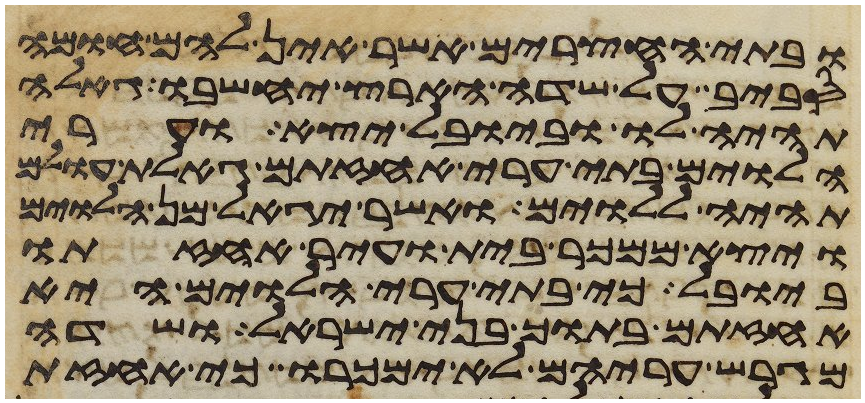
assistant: ובתי החצרים אשר אין להם חומה
סביב על שדה הארץ יחשבו גאלה
תהיה לו וביובל יצא וערי
הלוים בתי ערי אחזתם גאלת עולם
תהיה ללוים ואשר יגאל מן הלוים
ויצא ממכר בית ועיר אחזתו
ביובל כי בתי ערי הלוים היא
אחזתם בתוך בני ישראל ושדה
מגרש עריהם לא ימכרו כי אחזת